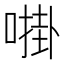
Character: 𫫔